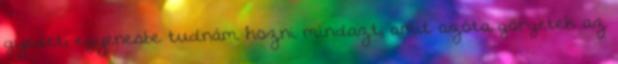
gyedet, egyenesbe tudnám hozni mindazt, amit azóta görgetek az